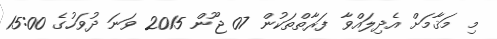
މި މަޤާމަށް އެދިލައްވާ ފަރާތްތަކުން 07 ޖޫން 2015 ވަނަ ދުވަހުގެ 15:00